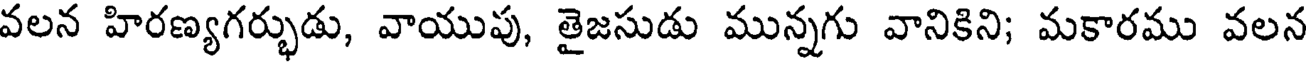
వలన హిరణ్యగర్భుడు, వాయుపు, తైజసుడు మున్నగు వానికిని; మకారము వలన